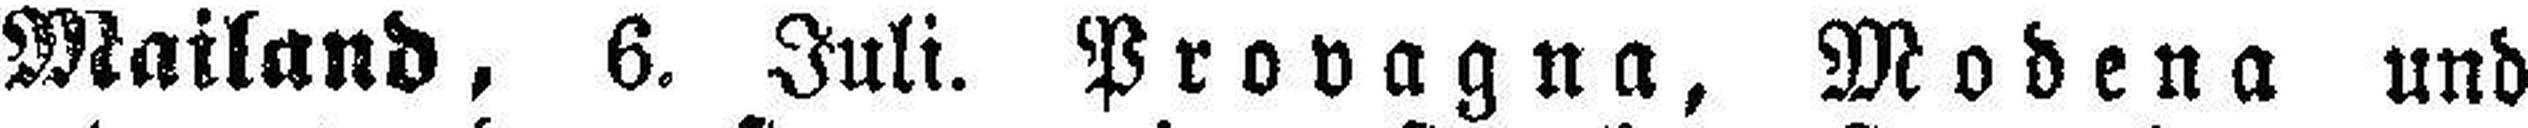
Mailand, 6. Juli. Provagna, Modena und